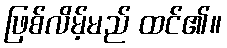
ဖြစ်လိမ့်မည် ထင်၏။